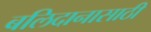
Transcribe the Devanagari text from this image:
बलिदानासाठी